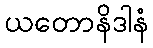
ယတောနိဒါနံ